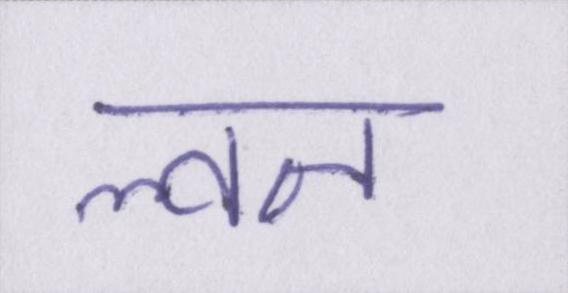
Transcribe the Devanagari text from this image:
ल्वन